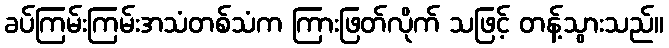
ခပ်ကြမ်းကြမ်းအသံတစ်သံက ကြားဖြတ်လိုက် သဖြင့် တန့်သွားသည်။